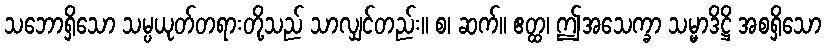
သဘောရှိသော သမ္ပယုတ်တရားတို့သည် သာလျှင်တည်း။ စ၊ ဆက်။ ဧတ္ထ၊ ဤအသေက္ခာ သမ္မာဒိဋ္ဌိ အစရှိသော